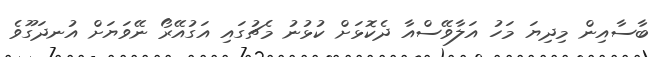
ބާސާއިން މިދިޔަ މަހު އަލާވޭސްއާ ދެކޮޅަށް ކުޅުނު މެޗުގައި އަގުއޭރޯ ނޭވަޔަށް އުނދަގޫވެ